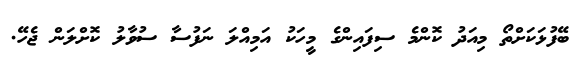
ބޭފުޅަކަށްތޯ މިއަދު ކޮންމެ ސިފައިންގެ މީހަކު އަމިއްލަ ނަފުސާ ސުވާލު ކޮށްލަން ޖެހޭ.